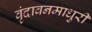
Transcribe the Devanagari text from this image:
वृंदावनमाधुरी